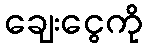
ချေးငွေကို